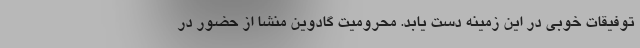
توفیقات خوبی در این زمینه دست یابد. محرومیت گادوین منشا از حضور در